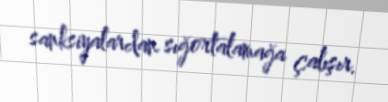
sanksiyalardan sığortalamağa çalışır.